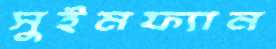
সুইমফ্যান